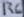
Text: R6